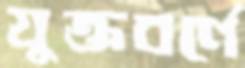
যুক্তবর্ণে